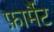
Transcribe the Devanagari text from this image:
फ़ार्मैट